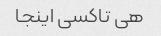
هی تاکسی اینجا